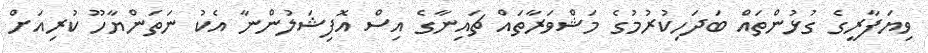
ވިޔަފާރީގެ ގުޅުންތައް ބަދަހިކުރުމުގެ މަޝްވަރާތައް ޗައިނާގެ އިސް އޮފިޝަލުންނާ އެކު ނަތަންޔާހޫ ކުރިއަށް